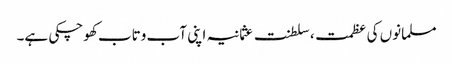
مسلمانوں کی عظمت، سلطنت عثمانیہ اپنی آب وتاب کھوچکی ہے۔